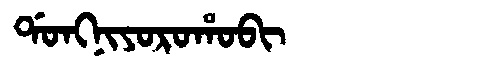
Manchu: ᡩᠣᠩᠨᡳᠶᠣᡵᠣᡥᠣᠪᡳ
Romanization: DONGNIYOROHOBI